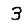
Digit: 3